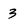
Character: 3